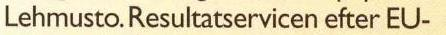
Lehmusto. Resultatservicen efter EU-